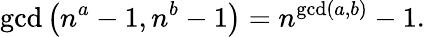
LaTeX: \operatorname*{gcd}\left(n^{a}-1,n^{b}-1\right)=n^{\operatorname*{gcd}(a,b)}-1.